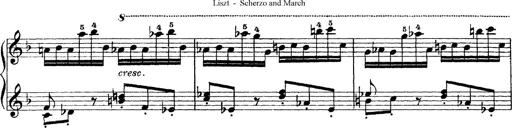
Title: Scherzo und Marsch
Composer: Franz Liszt